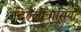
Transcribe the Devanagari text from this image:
दिल्लीवासियों